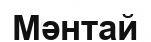
Мәнтай